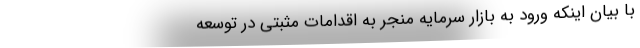
با بیان اینکه ورود به بازار سرمایه منجر به اقدامات مثبتی در توسعه